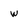
Character: w